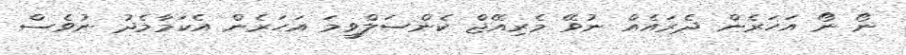
ނޯ ނޯ އަހަރެން ދެރައެއް ނުވޭ މެރިއޭޖް ކެންސަލްވީމަ އަހަރެން އެކަމާމެދު ނުވެސް